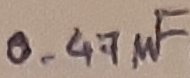
Text: 0.47µF